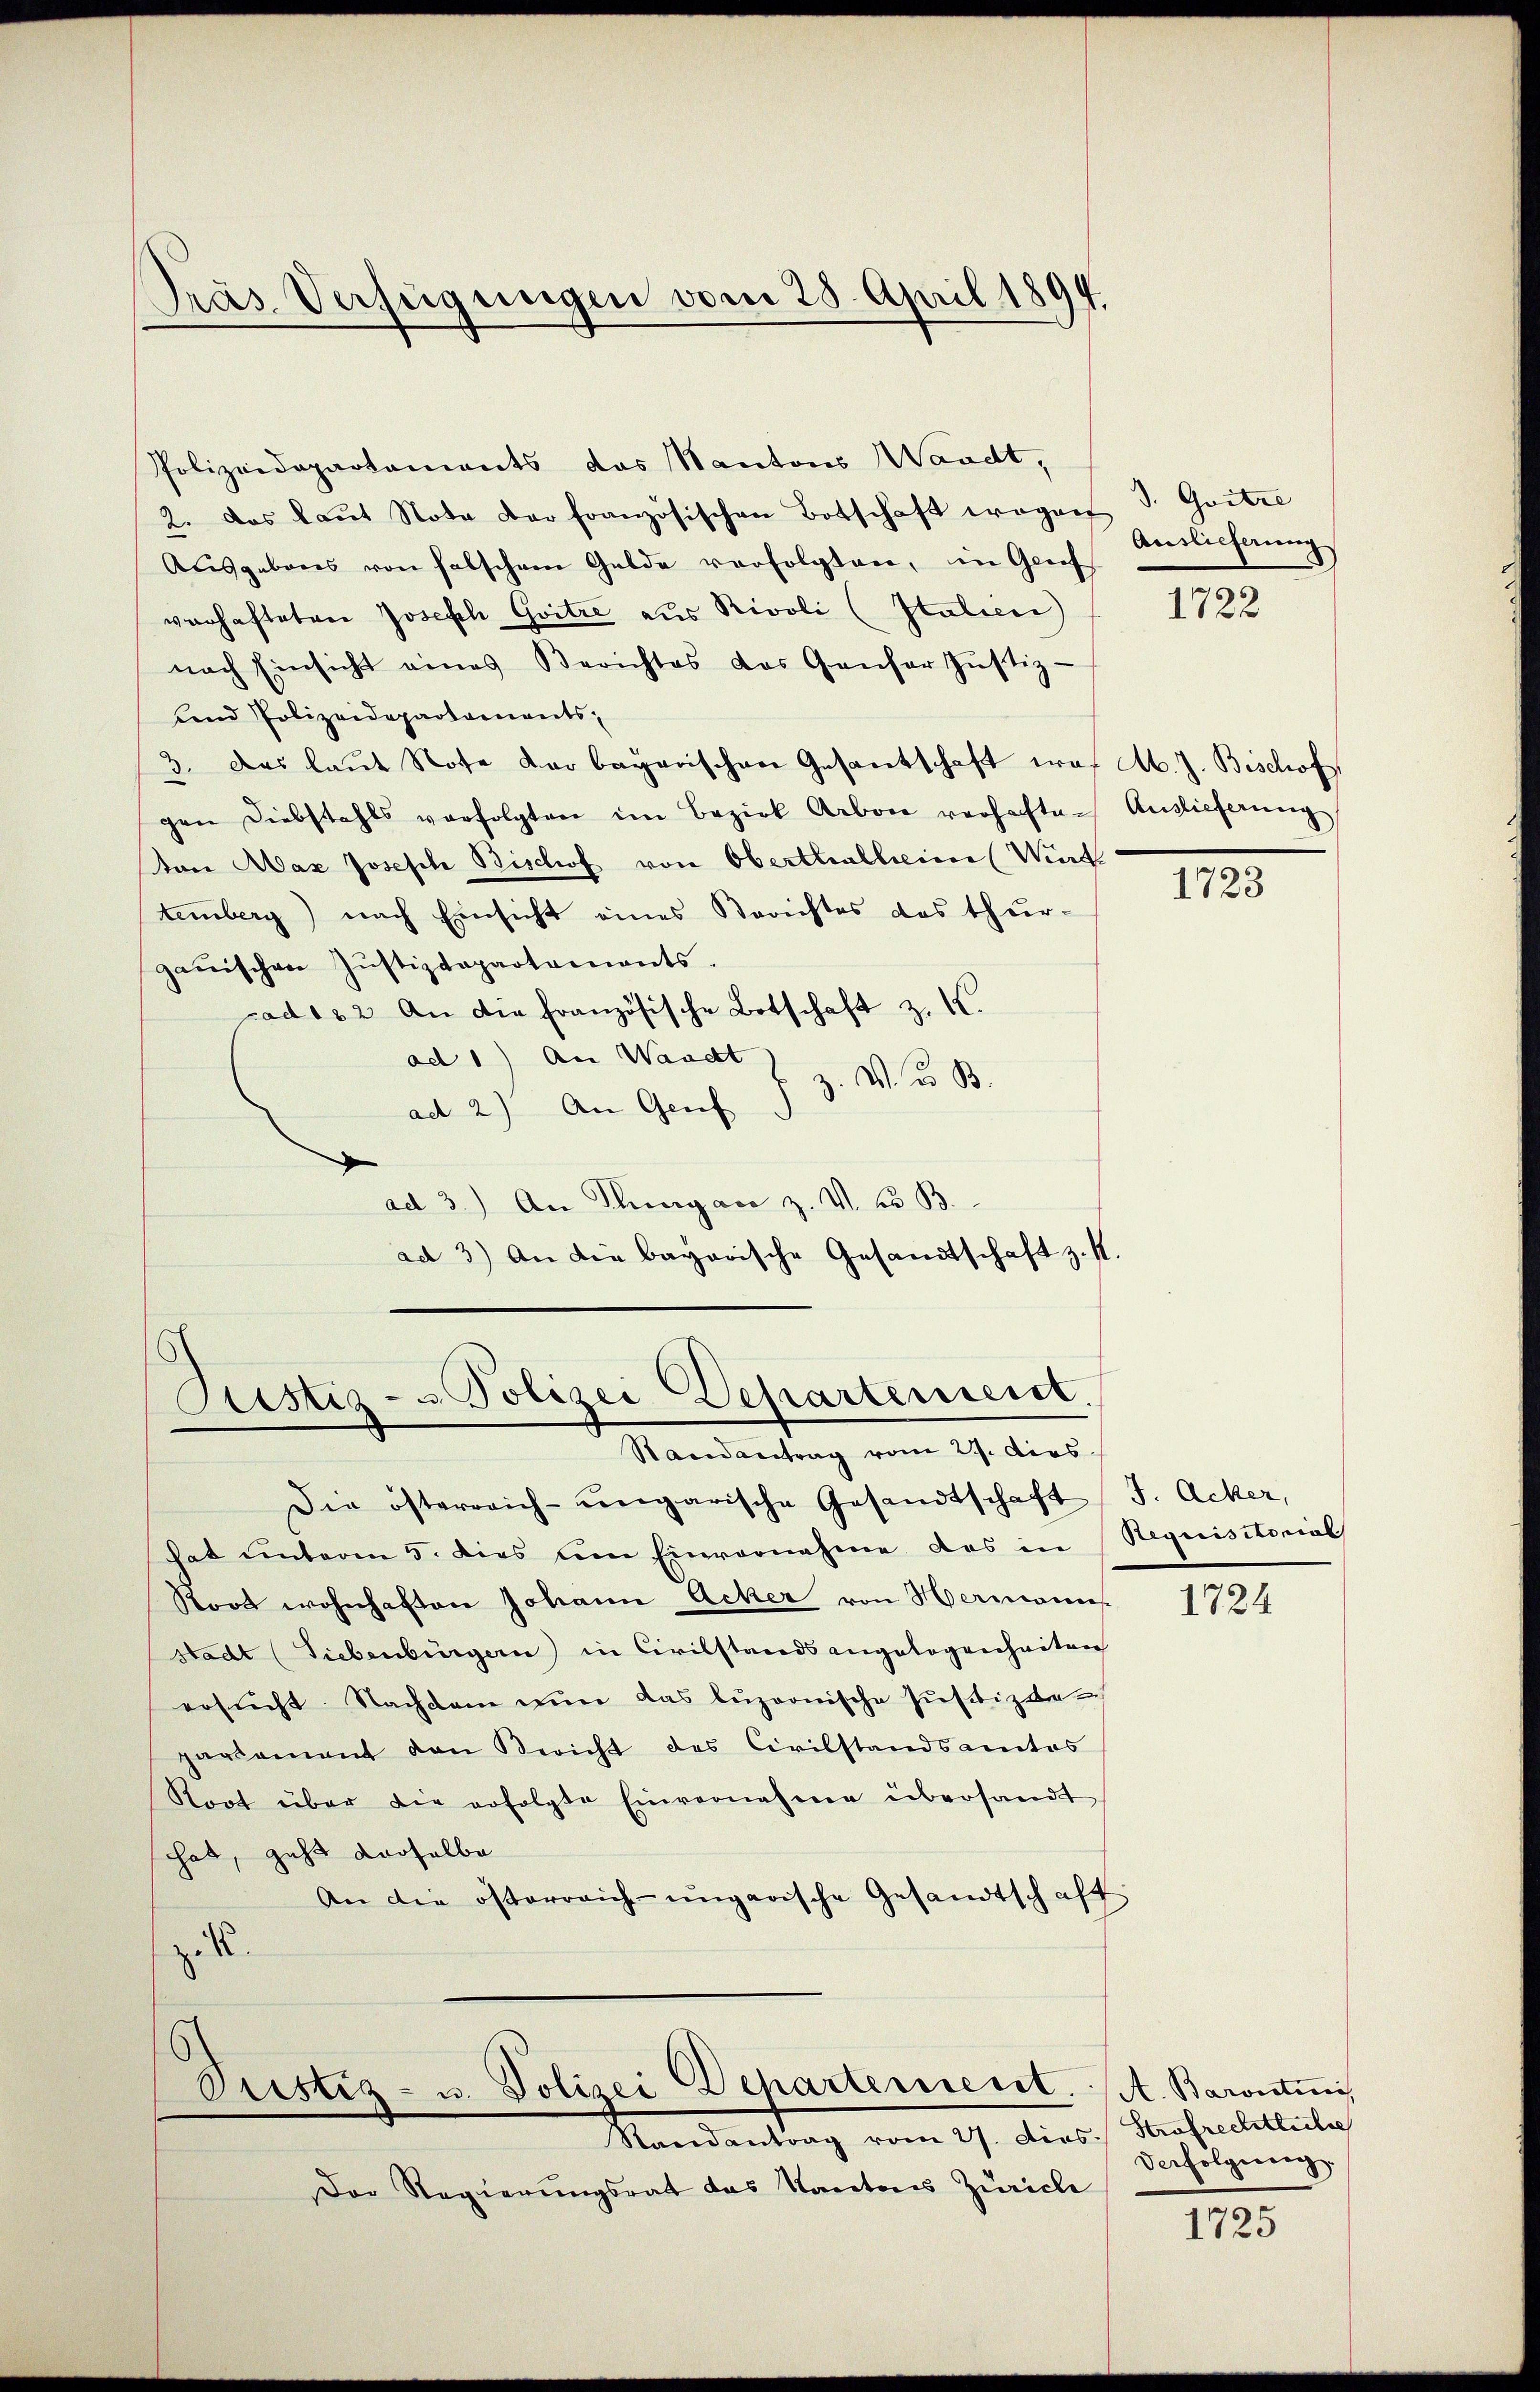
Präs. Verfügungen vom 28. April 1894.

Polizeidepartaments das Kantons Waadt,
2. Das laŭt Note der französischen Botschaft wogen J. Gotze
Ausgebens von falschem Gelde verfolgten, in Genf
varhafteter Joseph Gritze aus Rivoli (Italien
nach Einsicht eines Berichtes das Genfer Justiz
und Polizeidepartaments,
3. Das laŭt Note dar bayerischen Gesantschaft was Ab. J. Bischof
gen Diebstahls verfolgten im Bezirk Arbon verhafte Auslieferung
ton Aaz Josefch Bischof von Oberthalheim (Wird
temberg) nach Einsicht eines Berichtes das thur-
gauischen Justizdepartaments.
pad122. An die französische Botschaft z. K.
ad 1) An Waadt
z. W. u. B.
ad 2) An Genf § 3
ad 3.) An Thurgaco z. V. B. B
ad 3) An die bayerische Gesandtschaft z. st

Restiz- u Polizei Departemeist.
Randantrag vom 27. dies

Die österreich-ungarische Gesandtschaft (J. Acker,
hat unterm 5. dies um Einvernahme des in Requisitorial
Stoos wohnhaften Johann Acker von Hermannes
stadt (Siebenbürgern) in Civilstands angelegenheiten
ersucht. Nachdem nun das luzionische Justizde
parsament den Bericht des Civilstandsamtes
Kort über die erfolgte Einvernahme übersandt
hat, geht derselbe
An die österreich-ungarische Gesandtschaft
 .

Pristiz- u. Polizei Departement. A. Barontini,
Randantrag vom 27. dies

Der Regierungsrat das Kantons Zürich

Auslieferung
1722

1723

1724

1725

Strafrechtliche
Verfolgung.